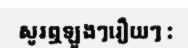
សូរឮឡូងៗរឿយៗ :